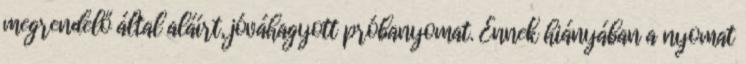
megrendelő által aláírt, jóváhagyott próbanyomat. Ennek hiányában a nyomat